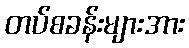
တပ်စခန်းများအား